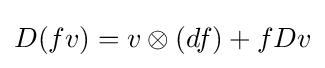
D(fv)=v\otimes (df)+fDv